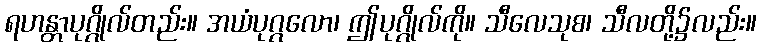
ရဟန္တာပုဂ္ဂိုလ်တည်း။ အယံပုဂ္ဂလော၊ ဤပုဂ္ဂိုလ်ကို။ သီလေသုစ၊ သီလတို့၌လည်း။